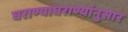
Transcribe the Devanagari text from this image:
घराण्याघराण्यांनुसार